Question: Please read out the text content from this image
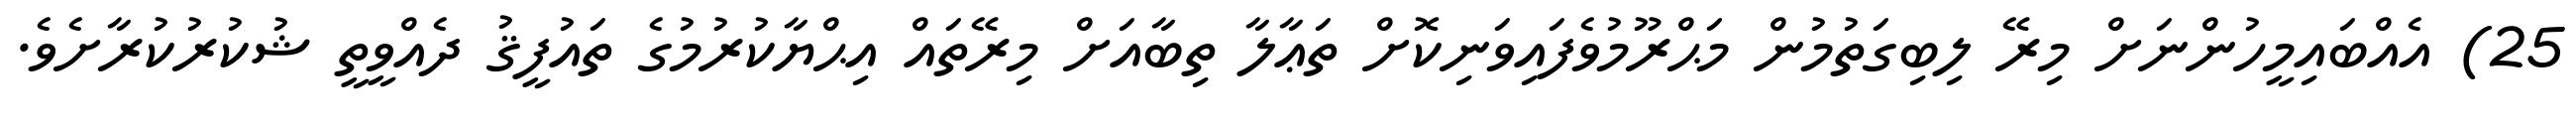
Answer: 25) އެއްބައިމީހުންނަށް މިރޭ ލިބިގަތުމުން މަޙްރޫމުވެފައިވަނިކޮށް ތަޢާލާ ތިބާއަށް މިރޭތައް އިޙްޔާކުރުމުގެ ތައުފީޤު ދެއްވީތީ ޝުކުރުކުރާށެވެ.